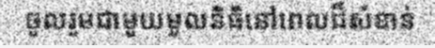
ចូលរួមជាមួយមូលនិធិនៅពេលដ៏សំខាន់